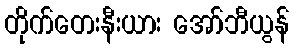
တိုက်တေးနီးယား အော်ဘီယွန်